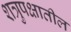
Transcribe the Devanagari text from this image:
शत्रुपक्षातील